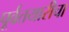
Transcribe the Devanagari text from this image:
पूर्वतयारीचा